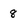
Character: 8